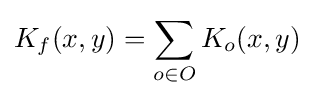
K_{f}(x,y)=\sum _{o\in O}K_{o}(x,y)